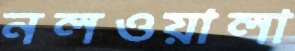
নলওয়ালা